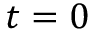
t = 0